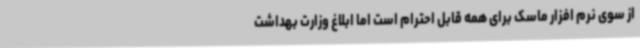
از سوی نرم افزار ماسک برای همه قابل احترام است اما ابلاغ وزارت بهداشت